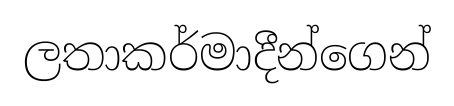
ලතාකර්මාදීන්ගෙන්